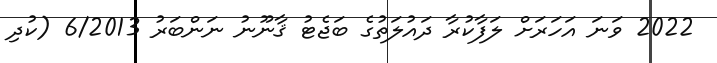
2022 ވަނަ އަހަރަށް ލަފާކުރާ ދައުލަތުގެ ބަޖެޓު ޤާނޫނު ނަންބަރު 6/2013 (ކުދި